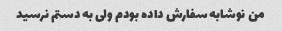
من نوشابه سفارش داده بودم ولی به دستم نرسید